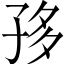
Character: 𡥥